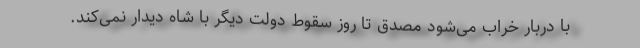
با دربار خراب می‌شود مصدق تا روز سقوط دولت دیگر با شاه دیدار نمی‌کند.